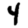
Digit: 4